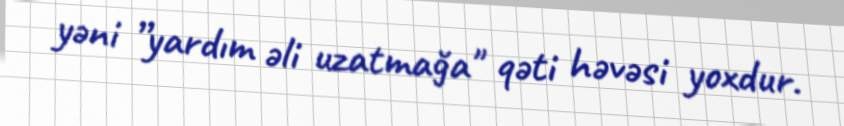
yəni ”yardım əli uzatmağa" qəti həvəsi yoxdur.